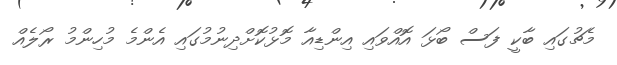
މެޗުގައި ބާކީ ފަސް ބޯޅަ އޮއްވައި އިންޑިއާ މޮޅުކޮށްދިނުމުގައި އެންމެ މުހިންމު ރޯލެއް